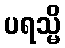
ပရသ္မိ